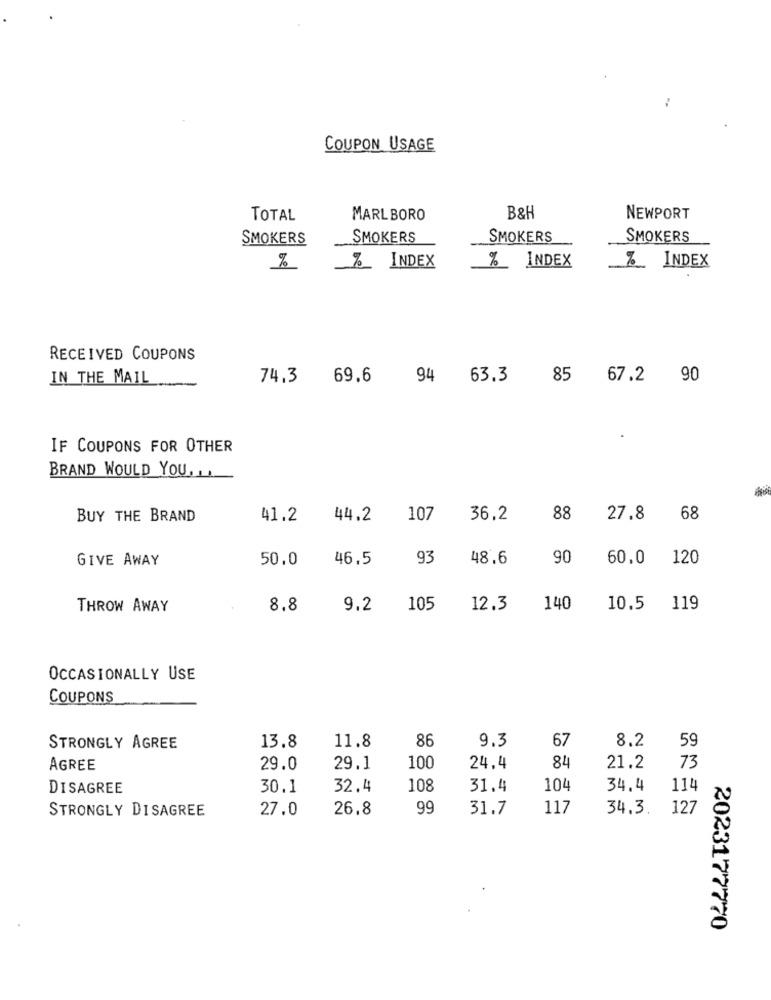
--
COUPON USAGE
TOTAL
MARLBORO
B&H
NEWPORT
SMOKERS
SMOKERS
SMOKERS
SMOKERS
%_ INDEX
% INDEX
%_ INDEX
%
RECEIVED COUPONS
IN THE MAIL
74,3
69.6
94
63.3
85
67.2 90
IF COUPONS FOR OTHER
BRAND WOULD YOU. ..
BUY THE BRAND
41.2
44.2
107
36.2
88
27.8
68
GIVE AWAY
50.0
46.5
93
48.6
90
60,0
120
THROW AWAY
8.8
9.2
105
12.3
140
10.5
119
OCCASIONALLY USE
COUPONS
86
67
8.2
59
STRONGLY AGREE
13.8
11.8
9.3
AGREE
29.0
29.1
100
24.4
84
21.2
73
DISAGREE
30.1
32.4
108
31.4
104
34.4
114
STRONGLY DISAGREE
27.0
26.8
99
31.7
117
34.3. 127
2023177770